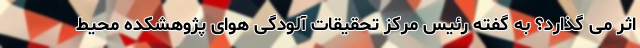
اثر می گذارد؟ به گفته‌ رئیس مرکز تحقیقات آلودگی هوای پژوهشکده محیط